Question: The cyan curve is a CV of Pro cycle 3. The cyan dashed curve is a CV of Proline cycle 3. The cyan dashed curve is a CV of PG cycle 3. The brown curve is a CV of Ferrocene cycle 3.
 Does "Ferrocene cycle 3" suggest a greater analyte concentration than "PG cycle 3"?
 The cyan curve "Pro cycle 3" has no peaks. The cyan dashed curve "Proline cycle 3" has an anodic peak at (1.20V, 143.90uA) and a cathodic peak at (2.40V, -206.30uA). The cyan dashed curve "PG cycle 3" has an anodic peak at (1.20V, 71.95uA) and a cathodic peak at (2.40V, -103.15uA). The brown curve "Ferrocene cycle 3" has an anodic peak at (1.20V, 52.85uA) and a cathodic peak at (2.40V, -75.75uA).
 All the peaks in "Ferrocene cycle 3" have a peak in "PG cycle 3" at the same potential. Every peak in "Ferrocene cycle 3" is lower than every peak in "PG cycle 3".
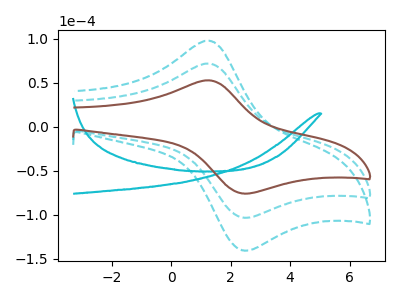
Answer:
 <answer>"Ferrocene cycle 3" has less signal than "PG cycle 3".</answer>
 <eval>less_signal</eval>